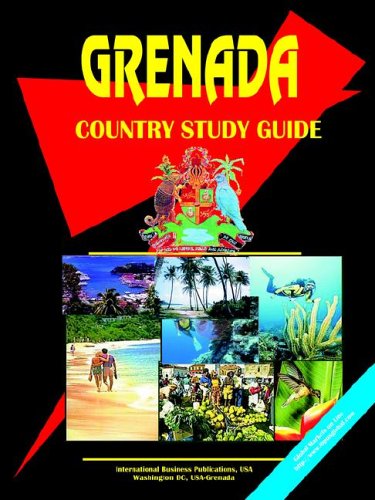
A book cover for Grenada Country Study Guide; Ibp Usa; Travel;